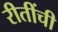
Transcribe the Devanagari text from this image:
रीतींची